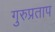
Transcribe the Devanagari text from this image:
गुरुप्रताप